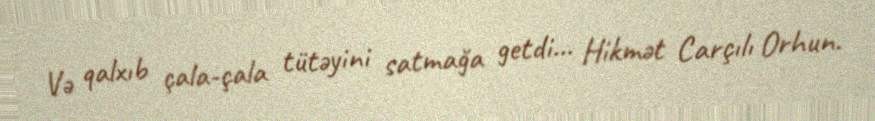
Və qalxıb çala-çala tütəyini satmağa getdi... Hikmət Carçılı Orhun.